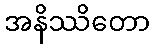
အနိဿိတော